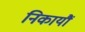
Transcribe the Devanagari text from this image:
निकायौं